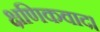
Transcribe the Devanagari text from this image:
क्षणिकवाद।